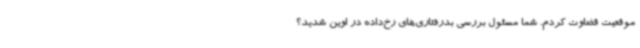
موقعیت قضاوت کردم. شما مسئول بررسی بدرفتاری‌های رخ‌داده در اوین شدید؟